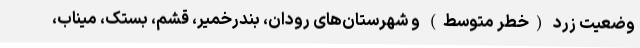
وضعیت زرد (خطر متوسط) و شهرستان‌های رودان، بندرخمیر، قشم، بستک، میناب،